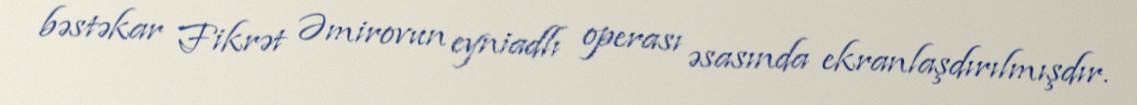
bəstəkar Fikrət Əmirovun eyniadlı operası əsasında ekranlaşdırılmışdır.